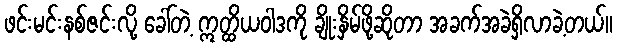
ဖင်းမင်းနစ်ဇင်းလို့ ခေါ်တဲ့ ဣတ္ထိယဝါဒကို ချိုးနှိမ်ဖို့ဆိုတာ အခက်အခဲရှိလာခဲ့တယ်။